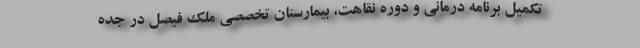
تکمیل برنامه درمانی و دوره نقاهت، بیمارستان تخصصی ملک فیصل در جده